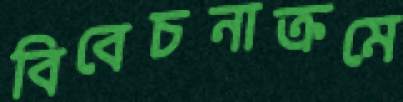
বিবেচনাক্রমে